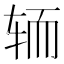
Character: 𮝵